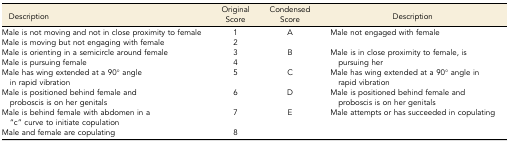
<table><thead><tr><td><b>Description</b></td><td><b>Original Score</b></td><td><b>Condensed Score</b></td><td><b>Description</b></td></tr></thead><tbody><tr><td>Male is not moving and not in close proximity to female</td><td>1</td><td rowspan="2">A</td><td rowspan="2">Male not engaged with female</td></tr><tr><td>Male is moving but not engaging with female</td><td>2</td></tr><tr><td>Male is orienting in a semicircle around female</td><td>3</td><td rowspan="2">B</td><td rowspan="2">Male is in close proximity to female, is pursuing her</td></tr><tr><td>Male is pursuing female</td><td>4</td></tr><tr><td>Male has wing extended at a 90° angle in rapid vibration</td><td>5</td><td>C</td><td>Male has wing extended at a 90° angle in rapid vibration</td></tr><tr><td>Male is positioned behind female and proboscis is on her genitals</td><td>6</td><td>D</td><td>Male is positioned behind female and proboscis is on her genitals</td></tr><tr><td>Male is behind female with abdomen in a “c” curve to initiate copulation</td><td>7</td><td rowspan="2">E</td><td rowspan="2">Male attempts or has succeeded in copulating</td></tr><tr><td>Male and female are copulating</td><td>8</td></tr></tbody></table>